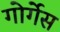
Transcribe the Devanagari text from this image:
गोर्गेस